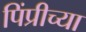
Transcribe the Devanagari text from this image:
पिंप्रीच्या